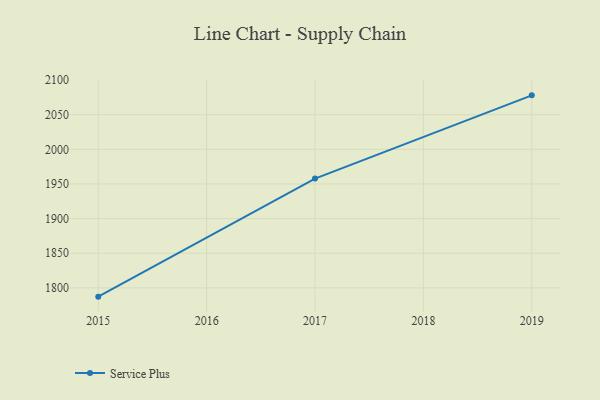
{"axis": {"x": "Year", "y": "Operating Costs (USD K)"}, "legend": ["Service Plus"], "data": [{"x": "2015", "y": 1787.4, "type": "Service Plus"}, {"x": "2017", "y": 1957.8, "type": "Service Plus"}, {"x": "2019", "y": 2077.9, "type": "Service Plus"}]}